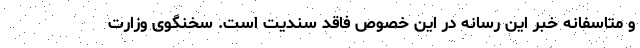
و متاسفانه خبر این رسانه در این خصوص فاقد سندیت است. سخنگوی وزارت